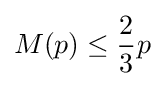
M(p)\leq {\frac {2}{3}}p